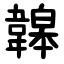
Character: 韟